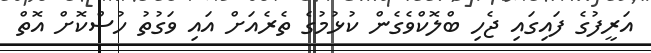
އަރީފުގެ ފައިގައި ޖެހި ބްލޮކްވެގެން ކުޅުމުގެ ތެރެއަށް އައި ވަގުތު ހުސްކޮށް އޮތް